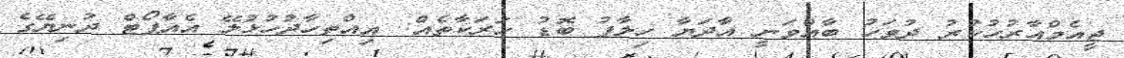
ޖީއެމްއާރުހުކުރު ދުވަހު ބާއްވަނީ އާދަޔާ ހިލާފު ބޮޑު ހަރަކާތެއް: އިއްތިހާދުހުޅުލޭ އެއާޕޯޓް ދުނިޔޭގެ